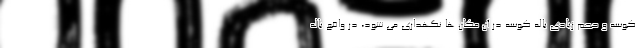
کوسه و حجم زیادی باله کوسه در آن مکان ها نگهداری می شود، در واقع باله